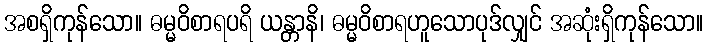
အစရှိကုန်သော။ ဓမ္မဝိစာရပရိ ယန္တာနိ၊ ဓမ္မဝိစာရဟူသောပုဒ်လျှင် အဆုံးရှိကုန်သော။